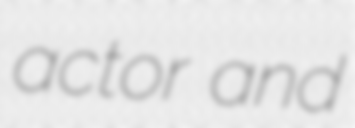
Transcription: actor and